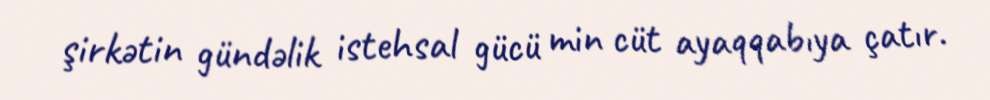
şirkətin gündəlik istehsal gücü min cüt ayaqqabıya çatır.